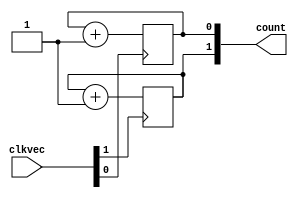
module Test_69
  (
   input  wire [1:0] clkvec,
   output wire [1:0] count
   );
   genvar igen;
   generate
      for (igen=0; igen<2; igen=igen+1) begin : code_gen
	 wire clk_tmp = clkvec[igen];
	 reg  tmp_count = 1'b0;
	 always @ (posedge clk_tmp) begin
	    tmp_count <= tmp_count + 1;
	 end
	 assign count[igen] = tmp_count;
      end
   endgenerate
endmodule